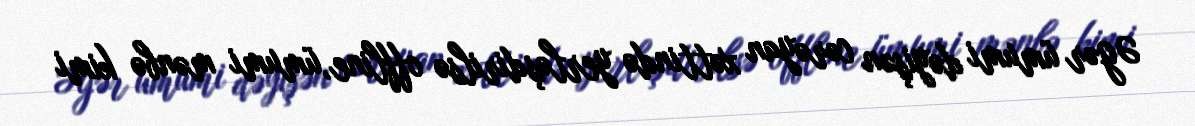
Əgər ümumi dəyişən cərəyan xəttində yerləşdirilsə offline,ümumi mənbə kimi